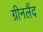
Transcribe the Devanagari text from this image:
ग्रीनलैंद